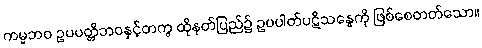
ကမ္မဘဝ ဥပပတ္တိဘဝနှင့်တကွ ထိုနတ်ပြည်၌ ဥပပါတ်ပဋိသန္ဓေကို ဖြစ်စေတတ်သော။